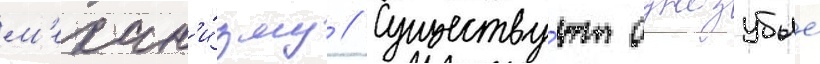
м'ехан'и́зму // Существу́ют однозубые